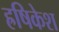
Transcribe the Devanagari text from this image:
ह्रषिकेश